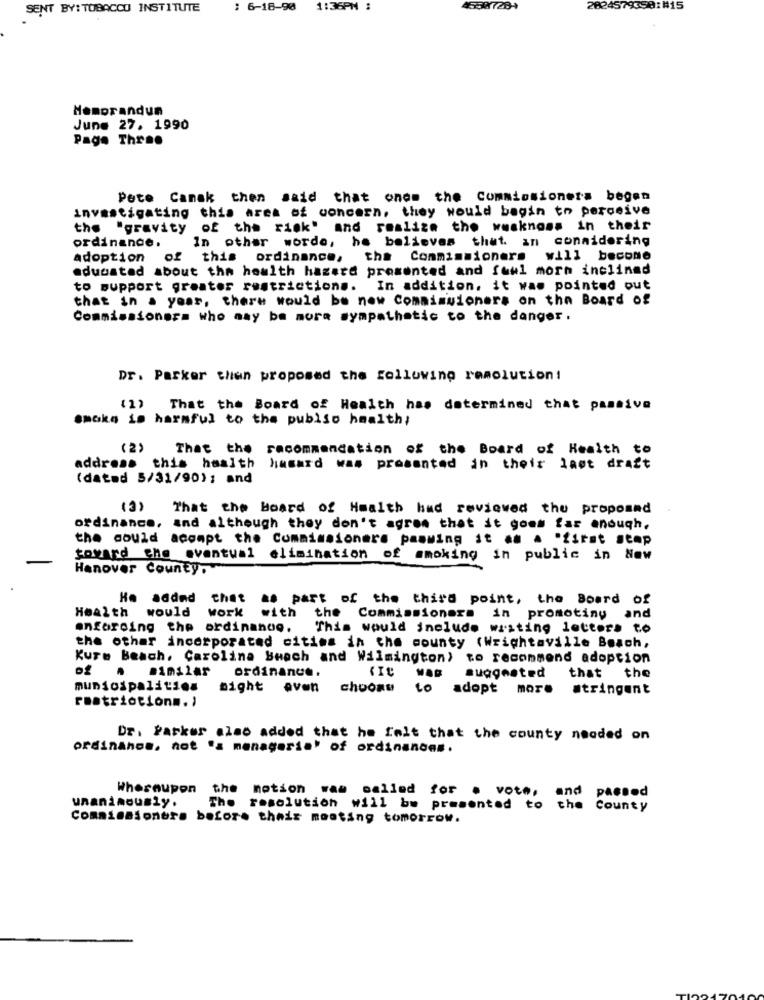
SENT BY: TOBACCO INSTITUTE
: 6-18-90
1:36PM :
2824579399:#15
Hemorandun
June 27. 1990
Page Thr ..
Pete Canak then said that onem the Commissioners begen
investigating this area of concern, they would bagin to perceive
the "gravity of the risk" and realize the wwsknoss in their
ordinance.
In other worde, he believes that an conaidering
adoption of this ordinance, the Commissioners
will become
adunstad about the health hazard presented and fuul morn inclined
to support greates restrictions. In addition, it was pointed out
that in a year, there would be now Commissioners on the Board of
Commissioners who may be mora sympathetic to the danger .
Dr. Parker then proposed the Following resolution!
(1) That the Board of Health has determined that passive
smoke is harmful to the public health;
(2)
That the recommendation of the Board of Health to
address this hasith hasard was presented in their last draft
(dated 5/31/90); and
(3)
That the board of Health had reviewed the proposed
ordinance, and although they don't agree that it goes far enough.
the could acompt the Commissioners pamming it . . "first stop
toward the eventual elimination of smoking in public in Now
Hanover County,
Ho addnd chet
as part of the third point, the Board of
Health
would
work
with
the
Commissioners in promoting and
enforcing the ordinando.
This would include wasting letters to
the other incorporated cities in the county (Wrightsville Beach,
Kure Beach, Carolina Buoch and Wilmington) to recommend adoption
Similar
ordinance.
that
the
WAB
suggested
municipalities
might even choone
adopt more stringent
ruatriotionm. )
Dr. Parker also added that he felt that the county needed on
ordinahos, not "s manageria' of ordinances.
Whereupon
The
the motion was called for a vote, and passed
unanimously.
resolution will be presented to the County
Commissioners before their meeting tomorrow.